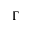
\Gamma